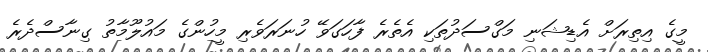
މީގެ އިތިރަށް އެޑިޝަނި މަގްސަދުތަކި އެތެރެ ފާހަގަވޭ ހުނަރަވެރި މީހުންގެ މައުލޫމާތު ގިނާސްދެރެ